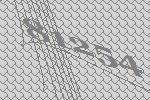
81254